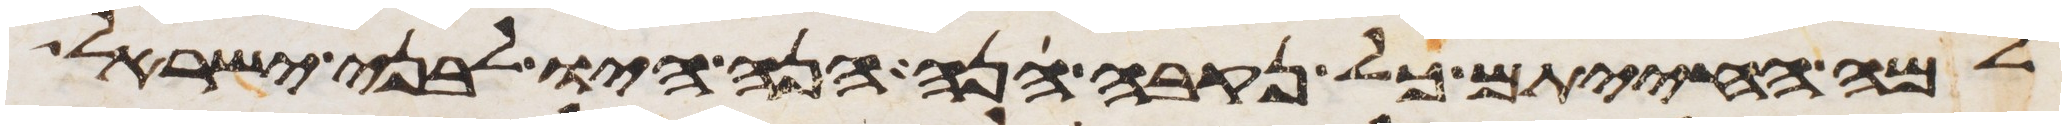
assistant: למה החיתם כל נקבה הנה הנה היו לבני ישראל